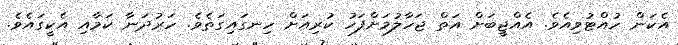
އެކަން ހުއްޓުވިއެވެ. އެއްޖީބަށް އަތް ޖަހާލުމަށްފަހު ކުރިއަށް ހިނގައިގަތެވެ. ހަރުދަނާ ކަމާއި އެކީގައެވެ.